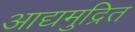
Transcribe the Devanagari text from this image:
आद्यमुद्रित